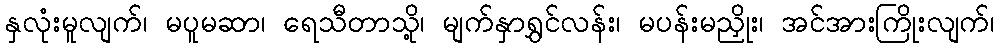
နှလုံးမူလျက်၊ မပူမဆာ၊ ရေသီတာသို့၊ မျက်နှာရွှင်လန်း၊ မပန်းမညှိုး၊ အင်အားကြိုးလျက်၊